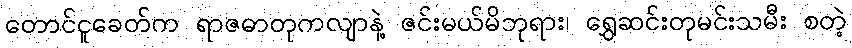
တောင်ငူခေတ်က ရာဇဓာတုကလျာနဲ့ ဇင်းမယ်မိဘုရား၊ ရွှေဆင်းတုမင်းသမီး စတဲ့